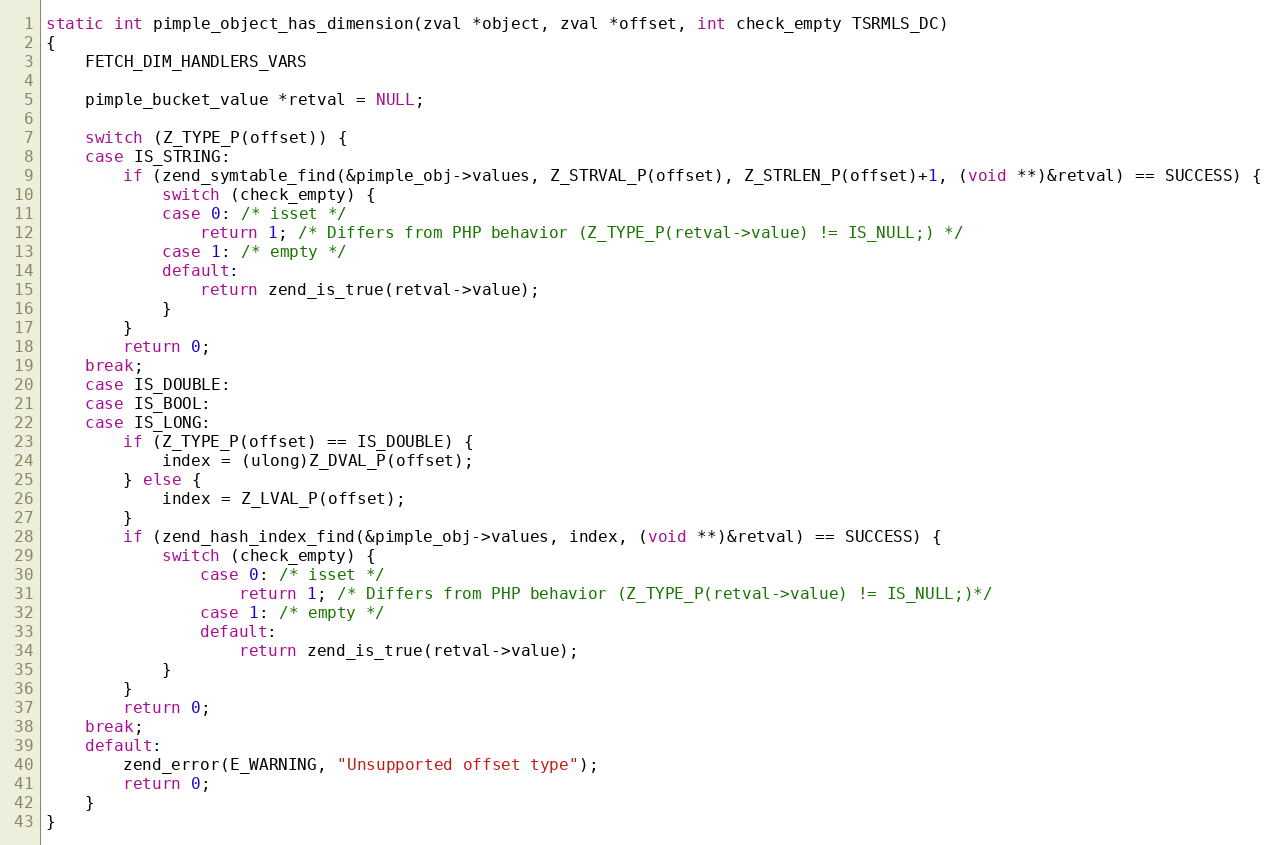
Language: C
static int pimple_object_has_dimension(zval *object, zval *offset, int check_empty TSRMLS_DC)
{
	FETCH_DIM_HANDLERS_VARS

	pimple_bucket_value *retval = NULL;

	switch (Z_TYPE_P(offset)) {
	case IS_STRING:
		if (zend_symtable_find(&pimple_obj->values, Z_STRVAL_P(offset), Z_STRLEN_P(offset)+1, (void **)&retval) == SUCCESS) {
			switch (check_empty) {
			case 0: /* isset */
				return 1; /* Differs from PHP behavior (Z_TYPE_P(retval->value) != IS_NULL;) */
			case 1: /* empty */
			default:
				return zend_is_true(retval->value);
			}
		}
		return 0;
	break;
	case IS_DOUBLE:
	case IS_BOOL:
	case IS_LONG:
		if (Z_TYPE_P(offset) == IS_DOUBLE) {
			index = (ulong)Z_DVAL_P(offset);
		} else {
			index = Z_LVAL_P(offset);
		}
		if (zend_hash_index_find(&pimple_obj->values, index, (void **)&retval) == SUCCESS) {
			switch (check_empty) {
				case 0: /* isset */
					return 1; /* Differs from PHP behavior (Z_TYPE_P(retval->value) != IS_NULL;)*/
				case 1: /* empty */
				default:
					return zend_is_true(retval->value);
			}
		}
		return 0;
	break;
	default:
		zend_error(E_WARNING, "Unsupported offset type");
		return 0;
	}
}